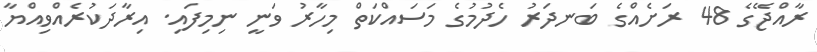
ރާއްޖޭގެ 48 ރަށެއްގެ ބަނދަރު ހެދުމުގެ މަސައްކަތް މިހާރު ވަނީ ނިމިފައި. އިރާދަކުރެއްވިއްޔާ